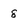
Character: 8